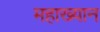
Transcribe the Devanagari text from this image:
महाख्यान